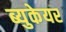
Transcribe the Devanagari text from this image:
ब्युकेयर